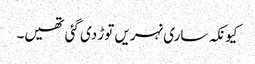
کیونکہ ساری نہریں توڑ دی گئی تھیں۔